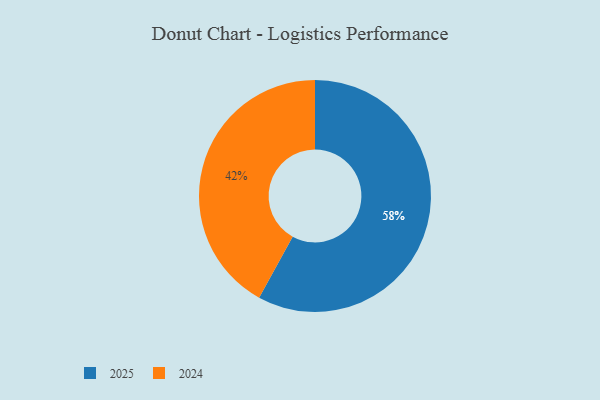
{"axis": {"x": "Category", "y": "Percentage"}, "legend": ["2024", "2025"], "data": [{"x": "2024", "y": 42, "type": "2024"}, {"x": "2025", "y": 58, "type": "2025"}]}